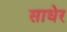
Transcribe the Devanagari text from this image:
साधेर